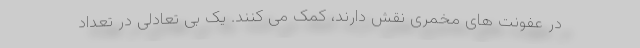
در عفونت های مخمری نقش دارند، کمک می کنند. یک بی تعادلی در تعداد